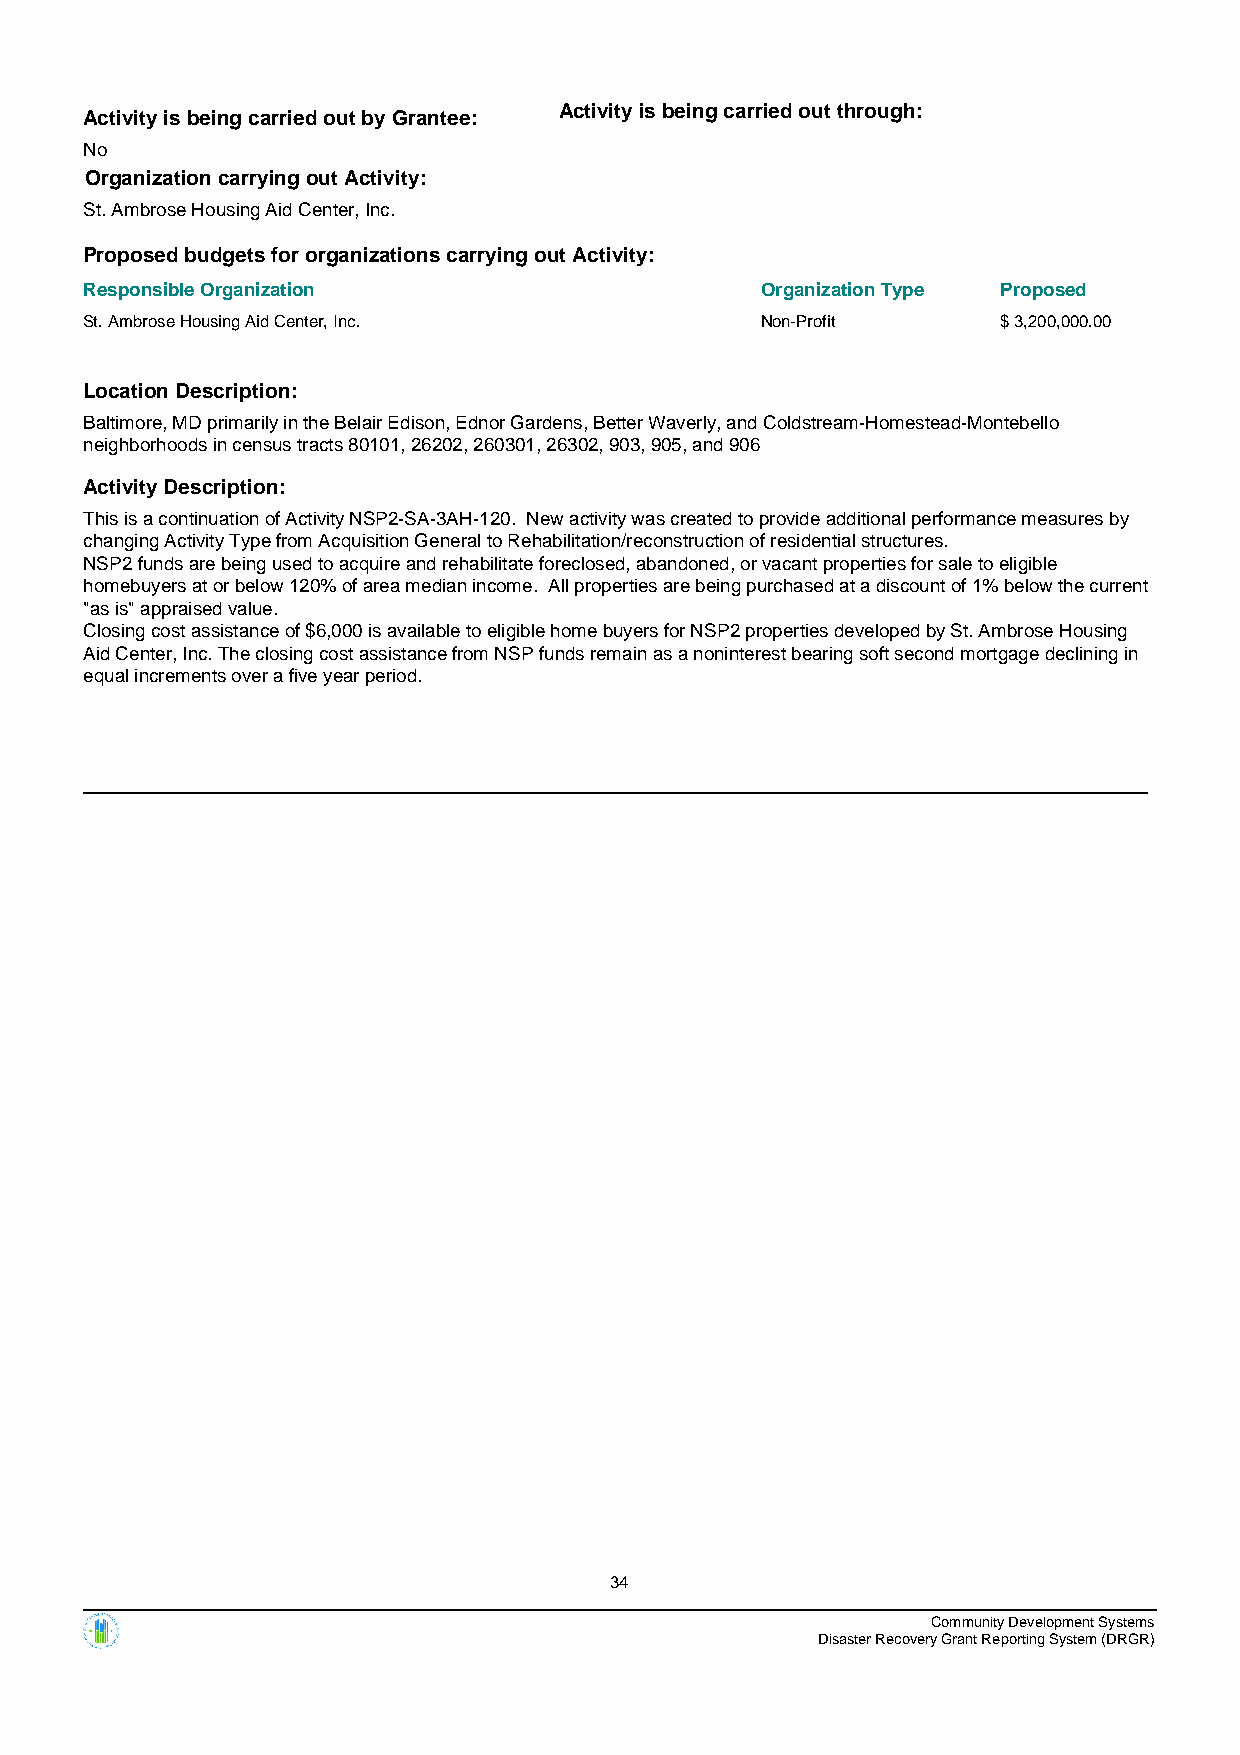
Activity is being carried out by Grantee: Activity is being carried out through:
 No
 Organization carrying out Activity:
 St. Ambrose Housing Aid Center, Inc.
 Proposed budgets for organizations carrying out Activity:
 Responsible Organization                    Organization Type Proposed
 St. Ambrose Housing Aid Center, Inc.        Non-Profit      $ 3,200,000.00
 Location Description:
 Baltimore, MD primarily in the Belair Edison, Ednor Gardens, Better Waverly, and Coldstream-Homestead-Montebello
 neighborhoods in census tracts 80101, 26202, 260301, 26302, 903, 905, and 906
 Activity Description:
 This is a continuation of Activity NSP2-SA-3AH-120. New activity was created to provide additional performance measures by
 changing Activity Type from Acquisition General to Rehabilitation/reconstruction of residential structures.
 NSP2 funds are being used to acquire and rehabilitate foreclosed, abandoned, or vacant properties for sale to eligible
 homebuyers at or below 120% of area median income. All properties are being purchased at a discount of 1% below the current
 "as is" appraised value.
 Closing cost assistance of $6,000 is available to eligible home buyers for NSP2 properties developed by St. Ambrose Housing
 Aid Center, Inc. The closing cost assistance from NSP funds remain as a noninterest bearing soft second mortgage declining in
 equal increments over a five year period.
 34
 Community Development Systems
 Disaster Recovery Grant Reporting System (DRGR)